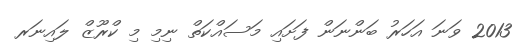
2013 ވަނަ އަހަރު ބަންނަން ފަށައި މަސައްކަތް ނިމި މި ކްރޫޒް ލައިނަރ